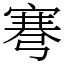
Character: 弿